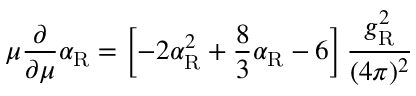
\mu \frac { \partial } { \partial \mu } \alpha _ { \mathrm { R } } = \left[ - 2 \alpha _ { \mathrm { R } } ^ { 2 } + \frac 8 3 \alpha _ { \mathrm { R } } - 6 \right] \frac { g _ { \mathrm { R } } ^ { 2 } } { ( 4 \pi ) ^ { 2 } }